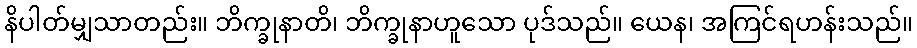
နိပါတ်မျှသာတည်း။ ဘိက္ခုနာတိ၊ ဘိက္ခုနာဟူသော ပုဒ်သည်။ ယေန၊ အကြင်ရဟန်းသည်။